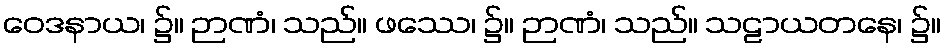
ဝေဒနာယ၊ ၌။ ဉာဏံ၊ သည်။ ဖဿေ၊ ၌။ ဉာဏံ၊ သည်။ သဠာယတနေ၊ ၌။